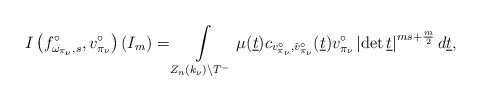
\begin{align*}I\left(f_{\omega_{\pi_\nu},s}^\circ,v^\circ_{\pi_{\nu}}\right)(I_m)=\int \limits _{Z_n(k_\nu)\backslash T^-}\mu(\underline{t})c_{v_{\pi_{\nu}}^\circ,\check{v}_{\pi_{\nu}}^{\circ}}(\underline{t}){v}^\circ_{{\pi}_{\nu}}\left|\det \underline{t}\right|^{ms+\frac{m}{2}}d\underline{t},\end{align*}